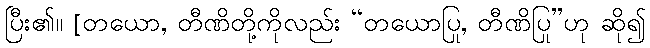
ပြီး၏။ [တယော, တီဏိတို့ကိုလည်း “တယောပြု, တီဏိပြု”ဟု ဆို၍